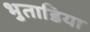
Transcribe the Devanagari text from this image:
भुताडिया